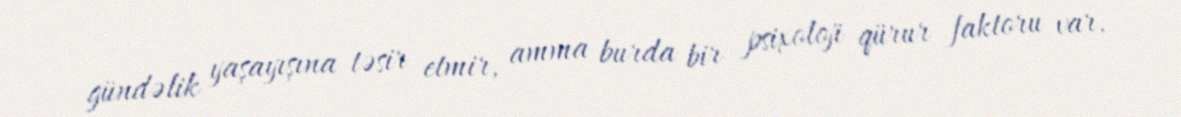
gündəlik yaşayışına təsir etmir, amma burda bir psixoloji qürur faktoru var.